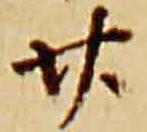
廿